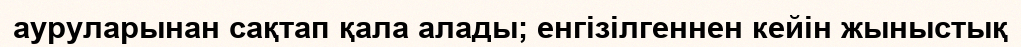
ауруларынан сақтап қала алады; енгізілгеннен кейін жыныстық